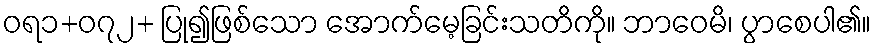
ဝရ၁+၀၇၂+ ပြု၍ဖြစ်သော အောက်မေ့ခြင်းသတိကို။ ဘာဝေမိ၊ ပွာစေပါ၏။